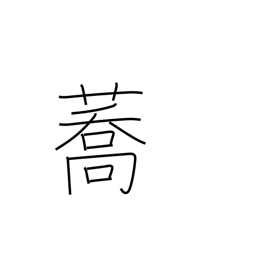
Meaning: buckwheat